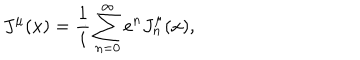
LaTeX: J ^ { \mu } ( x ) = \frac 1 i \sum _ { n = 0 } ^ { \infty } e ^ { n } J _ { n } ^ { \mu } ( x ) ,